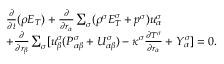
\begin{array} { r } { \begin{array} { r l } & { \frac { \partial } { \partial t } ( \rho E _ { T } ) + \frac { \partial } { \partial r _ { \alpha } } \sum _ { \sigma } ( \rho ^ { \sigma } E _ { T } ^ { \sigma } + p ^ { \sigma } ) u _ { \alpha } ^ { \sigma } } \\ & { + \frac { \partial } { \partial r _ { \beta } } \sum _ { \sigma } [ u _ { \beta } ^ { \sigma } ( P _ { \alpha \beta } ^ { \sigma } + U _ { \alpha \beta } ^ { \sigma } ) - \kappa ^ { \sigma } \frac { \partial T ^ { \sigma } } { \partial r _ { \alpha } } + Y _ { \alpha } ^ { \sigma } ] = 0 . } \end{array} } \end{array}